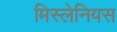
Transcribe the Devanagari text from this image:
मिस्लेनियस